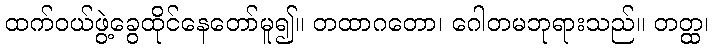
ထက်ဝယ်ဖွဲ့ခွေထိုင်နေတော်မူ၍။ တထာဂတော၊ ဂေါတမဘုရားသည်။ တတ္ထ၊